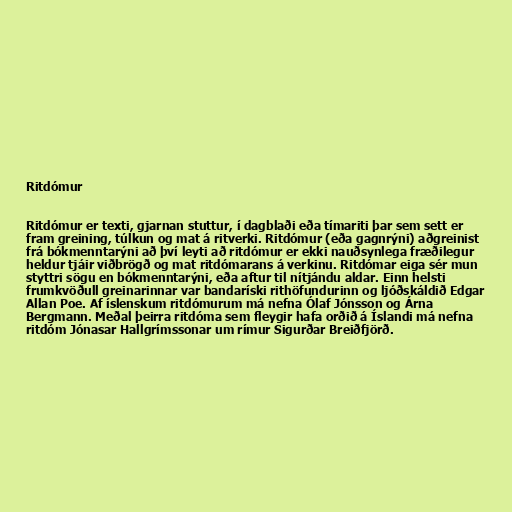
Ritdómur

Ritdómur er texti, gjarnan stuttur, í dagblaði eða tímariti þar sem sett er
fram greining, túlkun og mat á ritverki. Ritdómur (eða gagnrýni) aðgreinist
frá bókmenntarýni að því leyti að ritdómur er ekki nauðsynlega fræðilegur
heldur tjáir viðbrögð og mat ritdómarans á verkinu. Ritdómar eiga sér mun
styttri sögu en bókmenntarýni, eða aftur til nítjándu aldar. Einn helsti
frumkvöðull greinarinnar var bandaríski rithöfundurinn og ljóðskáldið Edgar
Allan Poe. Af íslenskum ritdómurum má nefna Ólaf Jónsson og Árna
Bergmann. Meðal þeirra ritdóma sem fleygir hafa orðið á Íslandi má nefna
ritdóm Jónasar Hallgrímssonar um rímur Sigurðar Breiðfjörð.